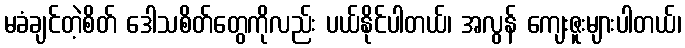
မခံချင်တဲ့စိတ် ဒေါသစိတ်တွေကိုလည်း ပယ်နိုင်ပါတယ်၊ အလွန် ကျေးဇူးများပါတယ်၊